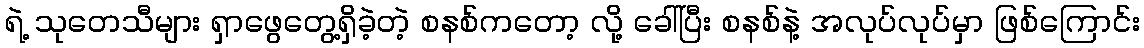
ရဲ့ သုတေသီများ ရှာဖွေတွေ့ရှိခဲ့တဲ့ စနစ်ကတော့ လို့ ခေါ်ပြီး စနစ်နဲ့ အလုပ်လုပ်မှာ ဖြစ်ကြောင်း